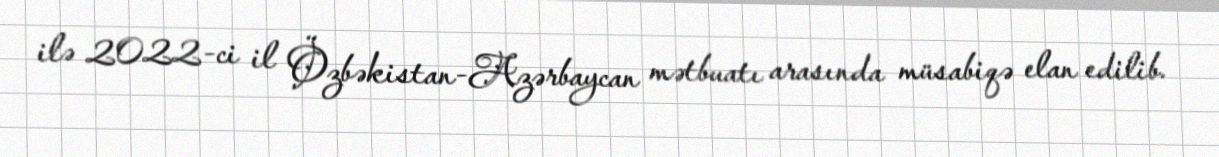
ilə 2022-ci il Özbəkistan-Azərbaycan mətbuatı arasında müsabiqə elan edilib.